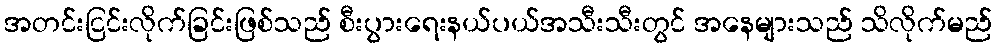
အတင်းငြင်းလိုက်ခြင်းဖြစ်သည် စီးပွားရေးနယ်ပယ်အသီးသီးတွင် အနေများသည် သိလိုက်မည်